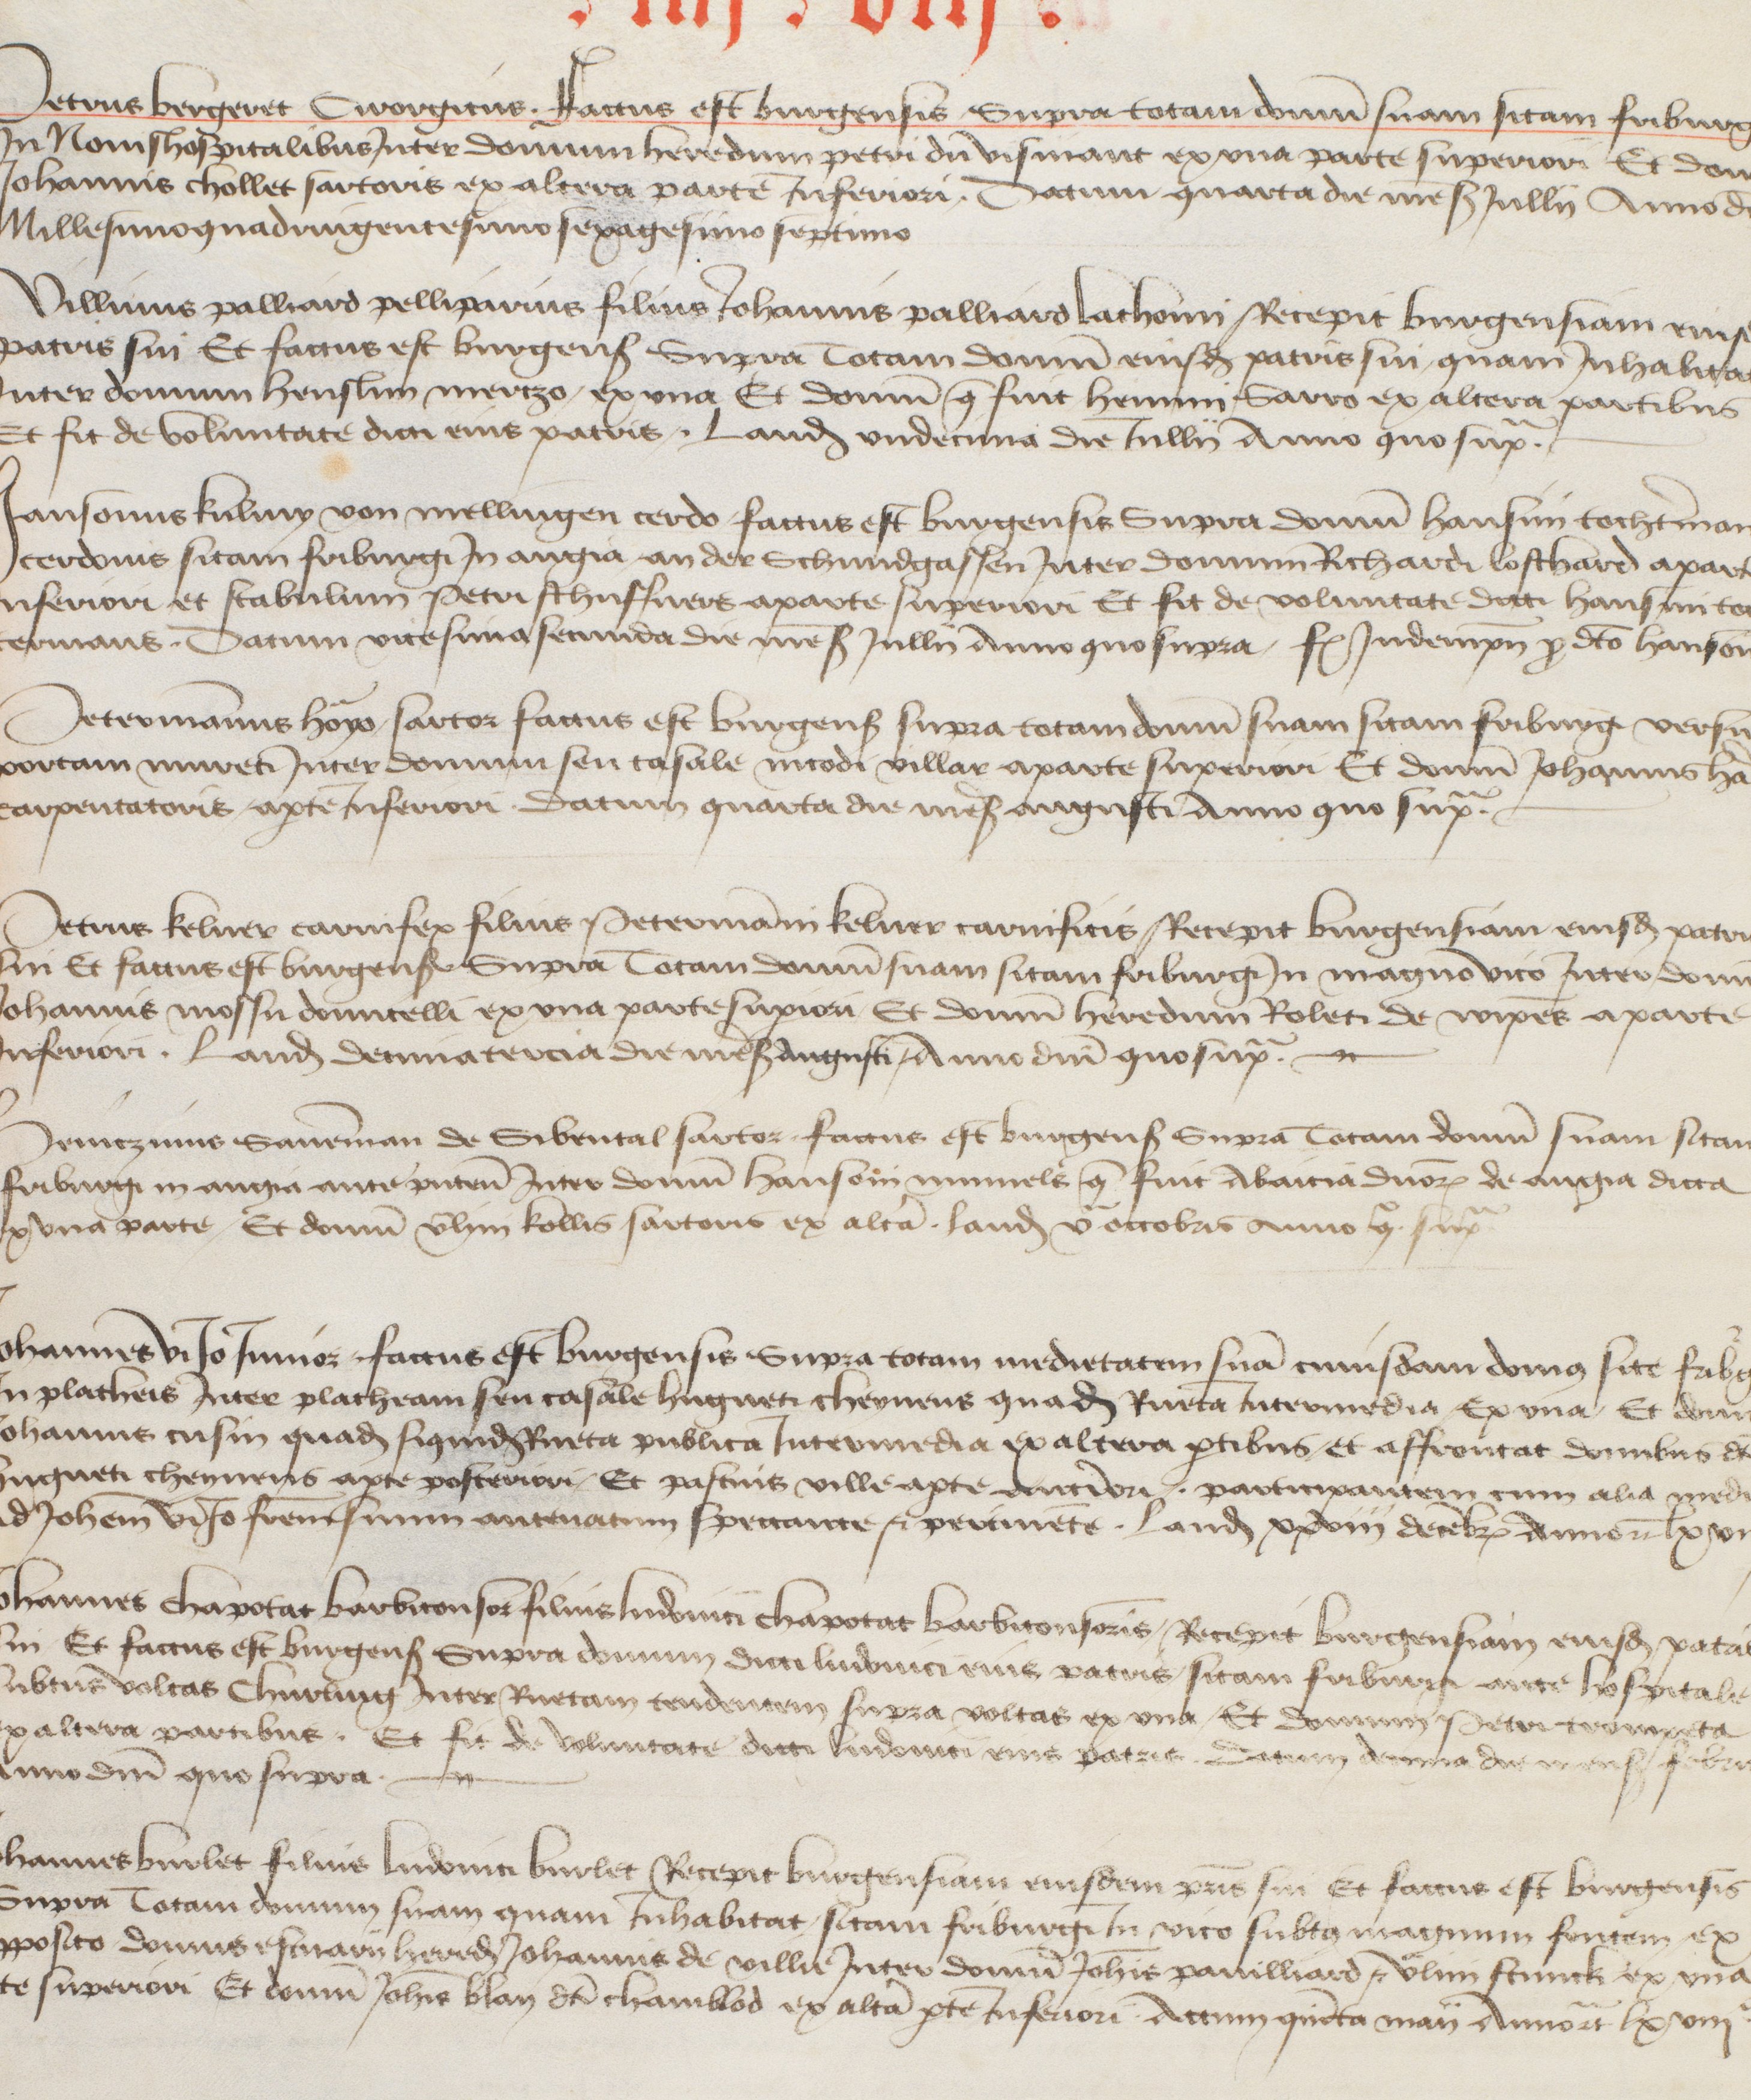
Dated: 1416–1769